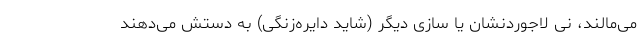
می‌مالند، نی لاجوردنشان یا سازی دیگر (شاید دایره‌زنگی) به دستش می‌دهند